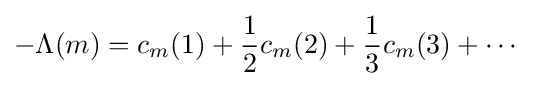
-\Lambda (m)=c_{m}(1)+{\frac {1}{2}}c_{m}(2)+{\frac {1}{3}}c_{m}(3)+\cdots